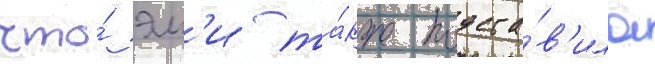
что́ эм'и та́кже подста́в'ила